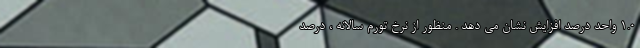
1.0 واحد درصد افزایش نشان می دهد . منظور از نرخ تورم سالانه ، درصد